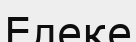
Елеке